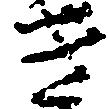
き